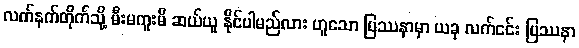
လက်နက်တိုက်သို့ မီးမကူးမီ ဆယ်ယူ နိုင်ပါမည်လား ဟူသော ပြဿနာမှာ ယခု လက်ငင်း ပြဿနာ